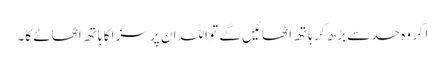
اگر وہ حد سے بڑھ کر ہاتھ اٹھائیں گے تو اللہ ان پر سزا کا ہاتھ اٹھائے گا۔